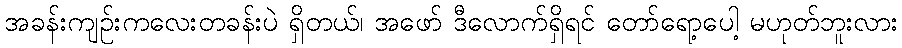
အခန်းကျဉ်းကလေးတခန်းပဲ ရှိတယ်၊ အဖော် ဒီလောက်ရှိရင် တော်ရော့ပေါ့ မဟုတ်ဘူးလား